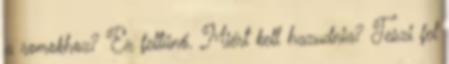
a romokhoz? Ez feltűnő. Miért kell hazudnia? Teszi fel